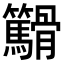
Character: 𬴓